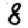
Digit: 8